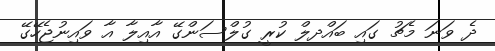
ދެ ވަނަ މެޗު ގައި ބައްދލް ކުރީ ގުލްސަންގޭ އާއިލާ އާ ވައިނުޖެހޭގޭ